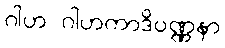
ဂါဟ ဂါဟကာဒိဝဏ္ဏနာ